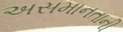
અસમાનતાની